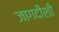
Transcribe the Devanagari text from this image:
जागदीशी